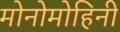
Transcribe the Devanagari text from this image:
मोनोमोहिनी